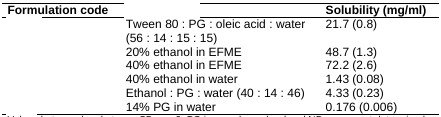
<table><thead><tr><td><b>Formulation code</b></td><td>[EMPTY_CELL]</td><td><b>Solubility (mg/ml)</b></td></tr></thead><tbody><tr><td>[EMPTY_CELL]</td><td>Tween 80: PG: oleic acid: water (56: 14: 15: 15)</td><td>21.7 (0.8)</td></tr><tr><td>[EMPTY_CELL]</td><td>20% ethanol in EFME</td><td>48.7 (1.3)</td></tr><tr><td>[EMPTY_CELL]</td><td>40% ethanol in EFME</td><td>72.2 (2.6)</td></tr><tr><td>[EMPTY_CELL]</td><td>40% ethanol in water</td><td>1.43 (0.08)</td></tr><tr><td>[EMPTY_CELL]</td><td>Ethanol: PG: water (40: 14: 46)</td><td>4.33 (0.23)</td></tr><tr><td>[EMPTY_CELL]</td><td>14% PG in water</td><td>0.176 (0.006)</td></tr></tbody></table>